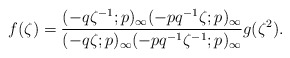
\begin{align*}f(\zeta) = \frac{(-q\zeta^{-1};p)_\infty(-pq^{-1}\zeta;p)_\infty} {(-q\zeta;p)_\infty(-pq^{-1}\zeta^{-1};p)_\infty}g(\zeta^2).\end{align*}